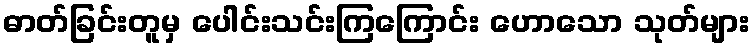
ဓာတ်ခြင်းတူမှ ပေါင်းသင်းကြကြောင်း ဟောသော သုတ်များ